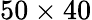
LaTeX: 50\times 40